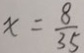
x = \frac { 8 } { 3 5 }